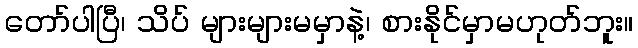
တော်ပါပြီ၊ သိပ် များများမမှာနဲ့၊ စားနိုင်မှာမဟုတ်ဘူး။